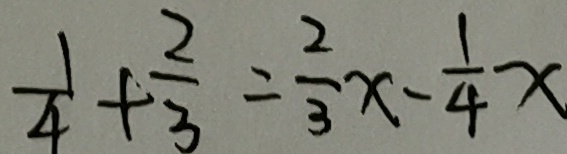
\frac { 1 } { 4 } + \frac { 2 } { 3 } = \frac { 2 } { 3 } x - \frac { 1 } { 4 } x